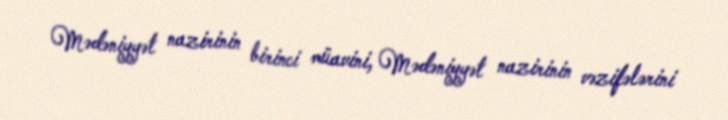
Mədəniyyət nazirinin birinci müavini, Mədəniyyət nazirinin vəzifələrini